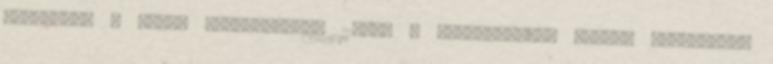
eltartani a világ népességének 21%-át a termőterület 7%-án, szóljatok,